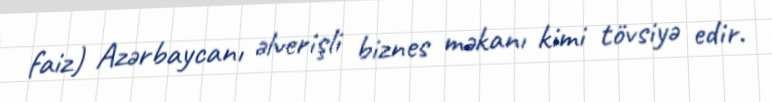
faiz) Azərbaycanı əlverişli biznes məkanı kimi tövsiyə edir.